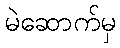
မဲဆောက်မှ